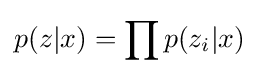
p(z|x)=\prod p(z_{i}|x)